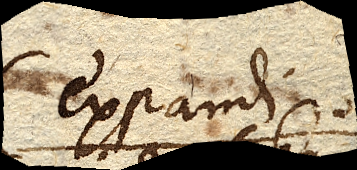
expandi